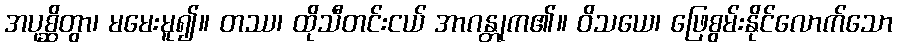
အပုစ္ဆိတွာ၊ မမေးမူ၍။ တဿ၊ ထိုသီတင်းငယ် အာဂန္တုက၏။ ဝိသယေ၊ ဖြေစွမ်းနိုင်လောက်သော